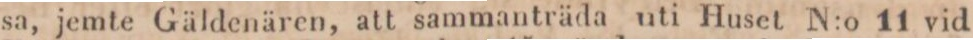
sa, jemte Gäldenären, att sammanträda uti Huset N:o 11 vid